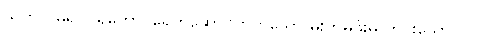
သတိလဓရဝိဝရတော၊ ရေကိုဆောင်တတ်သော မိုးတိမ်ဖုံးမှ ကင်းသော။ ဝါ၊